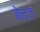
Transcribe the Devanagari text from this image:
बेल्ज़